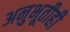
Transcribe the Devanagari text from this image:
अनुभूतीही